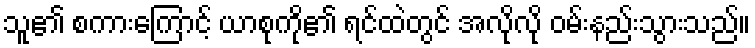
သူ၏ စကားကြောင့် ယာစုကို၏ ရင်ထဲတွင် အလိုလို ဝမ်းနည်းသွားသည်။